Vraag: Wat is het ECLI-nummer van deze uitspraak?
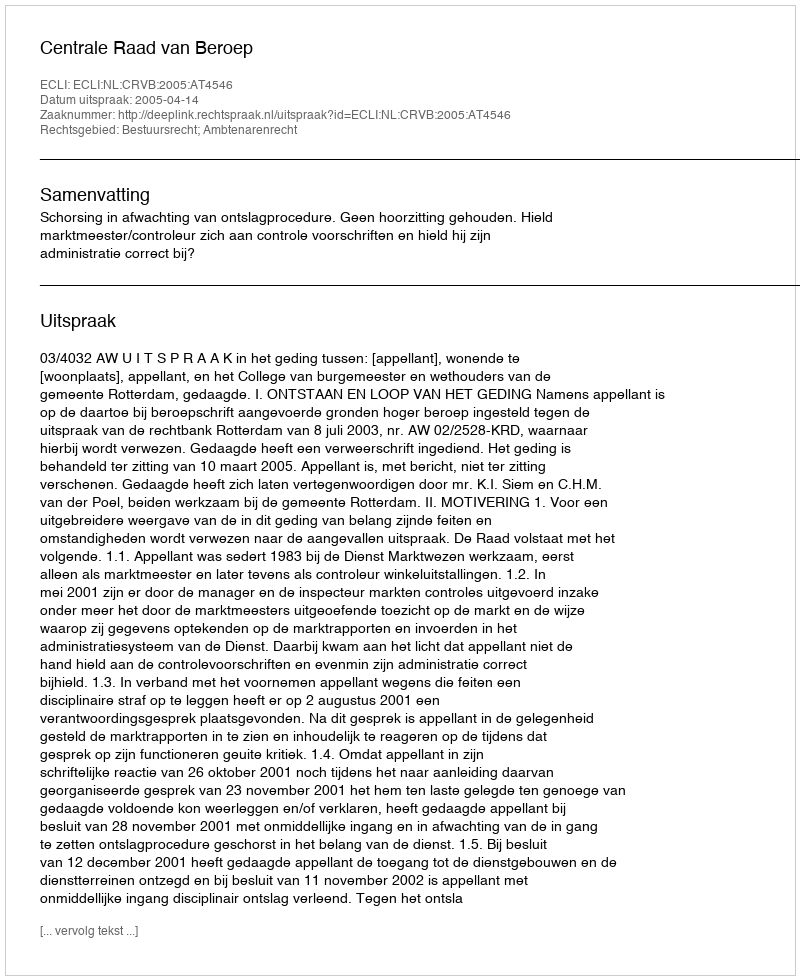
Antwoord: ECLI:NL:CRVB:2005:AT4546